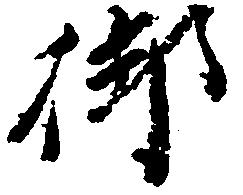
御